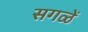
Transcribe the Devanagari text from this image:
सगळें